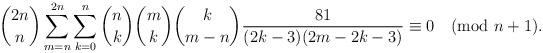
LaTeX: \begin{align*}{2n\choose n}\sum_{m=n}^{2n}\sum_{k=0}^n{n\choose k}{m\choose k}{k\choose m-n}\frac{81}{(2k-3)(2m-2k-3)}\equiv 0\pmod{n+1}. \end{align*}